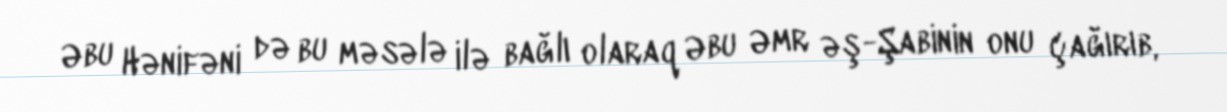
Əbu Hənifəni də bu məsələ ilə bağlı olaraq Əbu Əmr əş-Şabinin onu çağırıb,